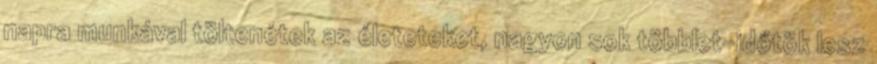
napra munkával töltenétek az életeteket, nagyon sok többlet-időtök lesz